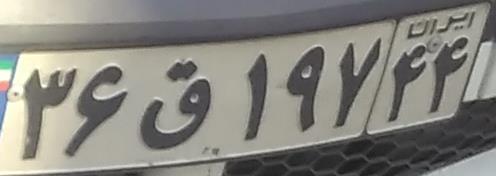
۳۶ق۱۹۷۴۴